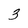
Character: 3